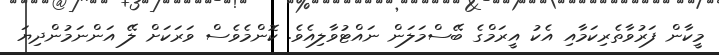
މީކާން ފަރުވާތެރިކަމާއި އެކު އީރަމްގެ ބޭސްމަލަން ނައްޓުވާލިއެވެ. ކޮންމެވެސް ވަރަކަށް ލޭ އަންނަމުންދިޔަ